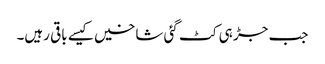
جب جڑ ہی کٹ گئی شاخیں کیسے باقی رہیں۔